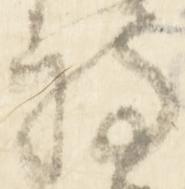
持